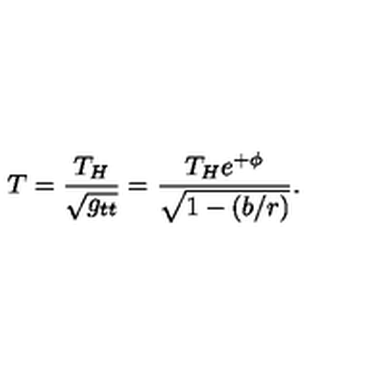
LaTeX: T = { \frac { T _ { H } } { \sqrt { g _ { t t } } } } = { \frac { T _ { H } e ^ { + \phi } } { \sqrt { 1 - ( b / r ) } } } .